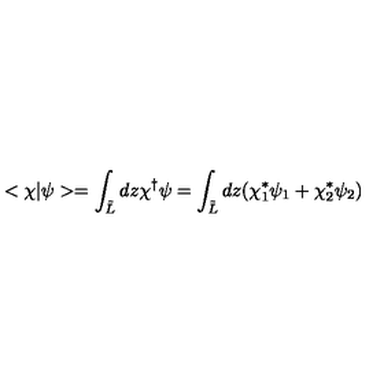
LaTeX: < \chi | \psi > = \int _ { \tilde { L } } d z \chi ^ { \dagger } \psi = \int _ { \tilde { L } } d z ( \chi _ { 1 } ^ { \ast } \psi _ { 1 } + \chi _ { 2 } ^ { \ast } \psi _ { 2 } )